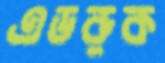
এডরুক